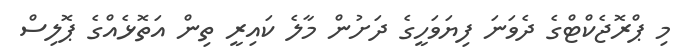
މި ޕްރޮޖެކްޓްގެ ދެވަނަ ފިޔަވަހީގެ ދަށުން މާލެ ކައިރީ ތިން އަތޮޅެއްގެ ޕޮލިސް